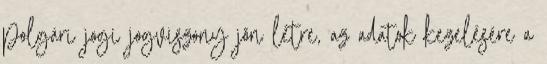
polgári jogi jogviszony jön létre, az adatok kezelésére a